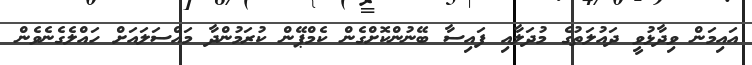
އައިމަން ވިދާޅުވީ ދައުލަތުގެ މުދަލާއި ފައިސާ ބޭނުންކޮށްގެން ކެމްޕޭން ކުރަމުންދާ މައްސަލައަށް ހައްލެގެނެވެން